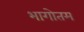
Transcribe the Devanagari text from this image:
भागोतम